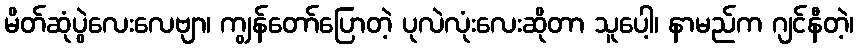
မိတ်ဆုံပွဲလေးလေဗျာ၊ ကျွန်တော်ပြောတဲ့ ပုလဲလုံးလေးဆိုတာ သူပေါ့၊ နာမည်က ဂျင်နီတဲ့၊